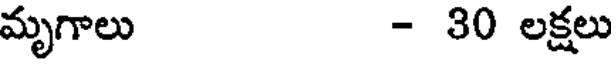
మృగాలు - 30 లక్షలు